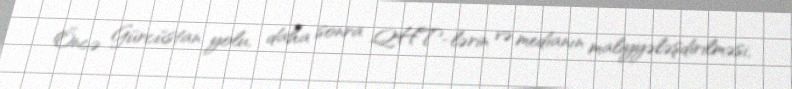
Öncə Gürcüstan yolu, daha sonra QHT-lərin və medianın maliyyələşdirilməsi,